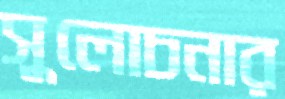
সুলোচনার